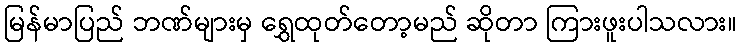
မြန်မာပြည် ဘဏ်များမှ ရွှေထုတ်တော့မည် ဆိုတာ ကြားဖူးပါသလား။